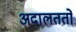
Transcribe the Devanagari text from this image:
अदालततों